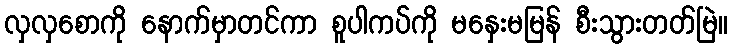
လှလှစောကို နောက်မှာတင်ကာ စူပါကပ်ကို မနှေးမမြန် စီးသွားတတ်မြဲ။